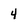
Character: 4